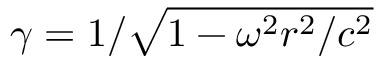
\gamma = 1 / \sqrt { 1 - \omega ^ { 2 } r ^ { 2 } / c ^ { 2 } }